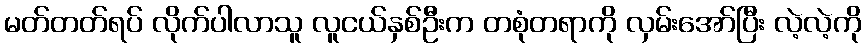
မတ်တတ်ရပ် လိုက်ပါလာသူ လူငယ်နှစ်ဦးက တစုံတရာကို လှမ်းအော်ပြီး လဲ့လဲ့ကို